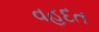
વહદત